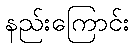
နည်းကြောင်း